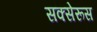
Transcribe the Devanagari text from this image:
सक्सेरूस